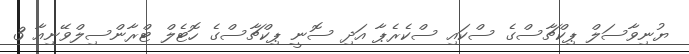
ޔުނިވާސަލް ޕިކްޗާސްގެ ސްކައި ސްކެރެޕާ އަދި ސޮނީ ޕިކްޗާސްގެ ހޮޓެލް ޓްރާންސިލްވޭނިއާ 3